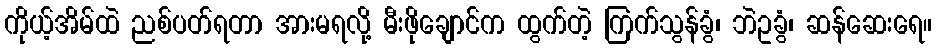
ကိုယ့်အိမ်ထဲ ညစ်ပတ်ရတာ အားမရလို့ မီးဖိုချောင်က ထွက်တဲ့ ကြက်သွန်ခွံ၊ ဘဲဥခွံ၊ ဆန်ဆေးရေ။